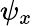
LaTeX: \psi_{x}